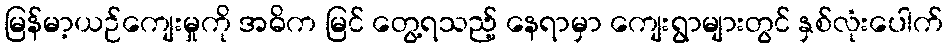
မြန်မာ့ယဉ်ကျေးမှုကို အဓိက မြင် တွေ့ရသည့် နေရာမှာ ကျေးရွာများတွင် နှစ်လုံးပေါက်